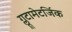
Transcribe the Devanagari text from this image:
ग्लूटामेटर्जिक